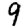
Digit: 9